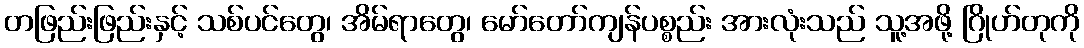
တဖြည်းဖြည်းနှင့် သစ်ပင်တွေ၊ အိမ်ရာတွေ၊ မော်တော်ကျန်ပစ္စည်း အားလုံးသည် သူ့အဖို့ ဂြိုဟ်တုကို